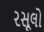
રસૂલો